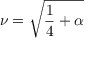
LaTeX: \nu = \sqrt { \frac { 1 } { 4 } + \alpha }